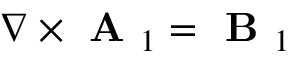
\nabla \times \textbf { A } _ { 1 } = \textbf { B } _ { 1 }